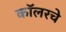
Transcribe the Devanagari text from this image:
कॉलरचे